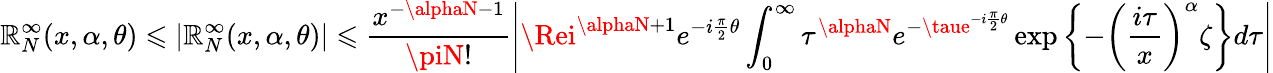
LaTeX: \mathbb{R}_{N}^{\infty}(x,\alpha,\theta)\leqslant|\mathbb{R}_{N}^{\infty}(x,\alpha,\theta)|\leqslant\frac{{x^{-\alphaN-1}}}{{\piN!}}\left|\Rei^{\alphaN+1}e^{-i\frac{{\pi}}{{2}}\theta}\int_{0}^{\infty}\tau^{\alphaN}e^{-\taue^{-i\frac{{\pi}}{{2}}\theta}}\exp\left\{ -\left(\frac{{i\tau}}{{x}}\right)^{\alpha}\zeta\right\} d\tau\right|